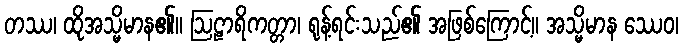
တဿ၊ ထိုအသ္မိမာန၏။ ဩဠာရိကတ္တာ၊ ရုန့်ရင်းသည်၏ အဖြစ်ကြောင့်။ အသ္မိမာန ဿေဝ၊